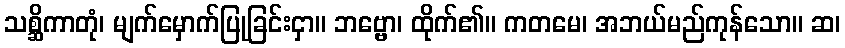
သစ္ဆိကာတုံ၊ မျက်မှောက်ပြုခြင်းငှာ။ ဘဗ္ဗော၊ ထိုက်၏။ ကတမေ၊ အဘယ်မည်ကုန်သော။ ဆ၊